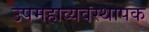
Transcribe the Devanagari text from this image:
उपमहाव्यवस्थापक